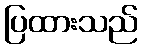
ပြထားသည်